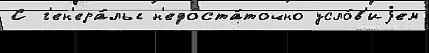
С г'ен'ера́лы н'едоста́точно усло́в'иjем